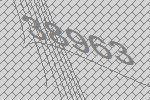
38963